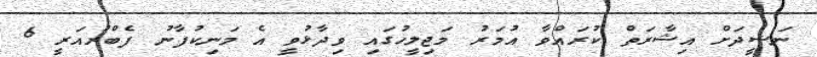
ނަޝީދަށް އިޝާރަތް ކުރައްވާ އުމަރު މަޖިލީހުގައި ވިދާޅުވީ އެ މަނިކުފާނު ފެބްރުއަރީ 6